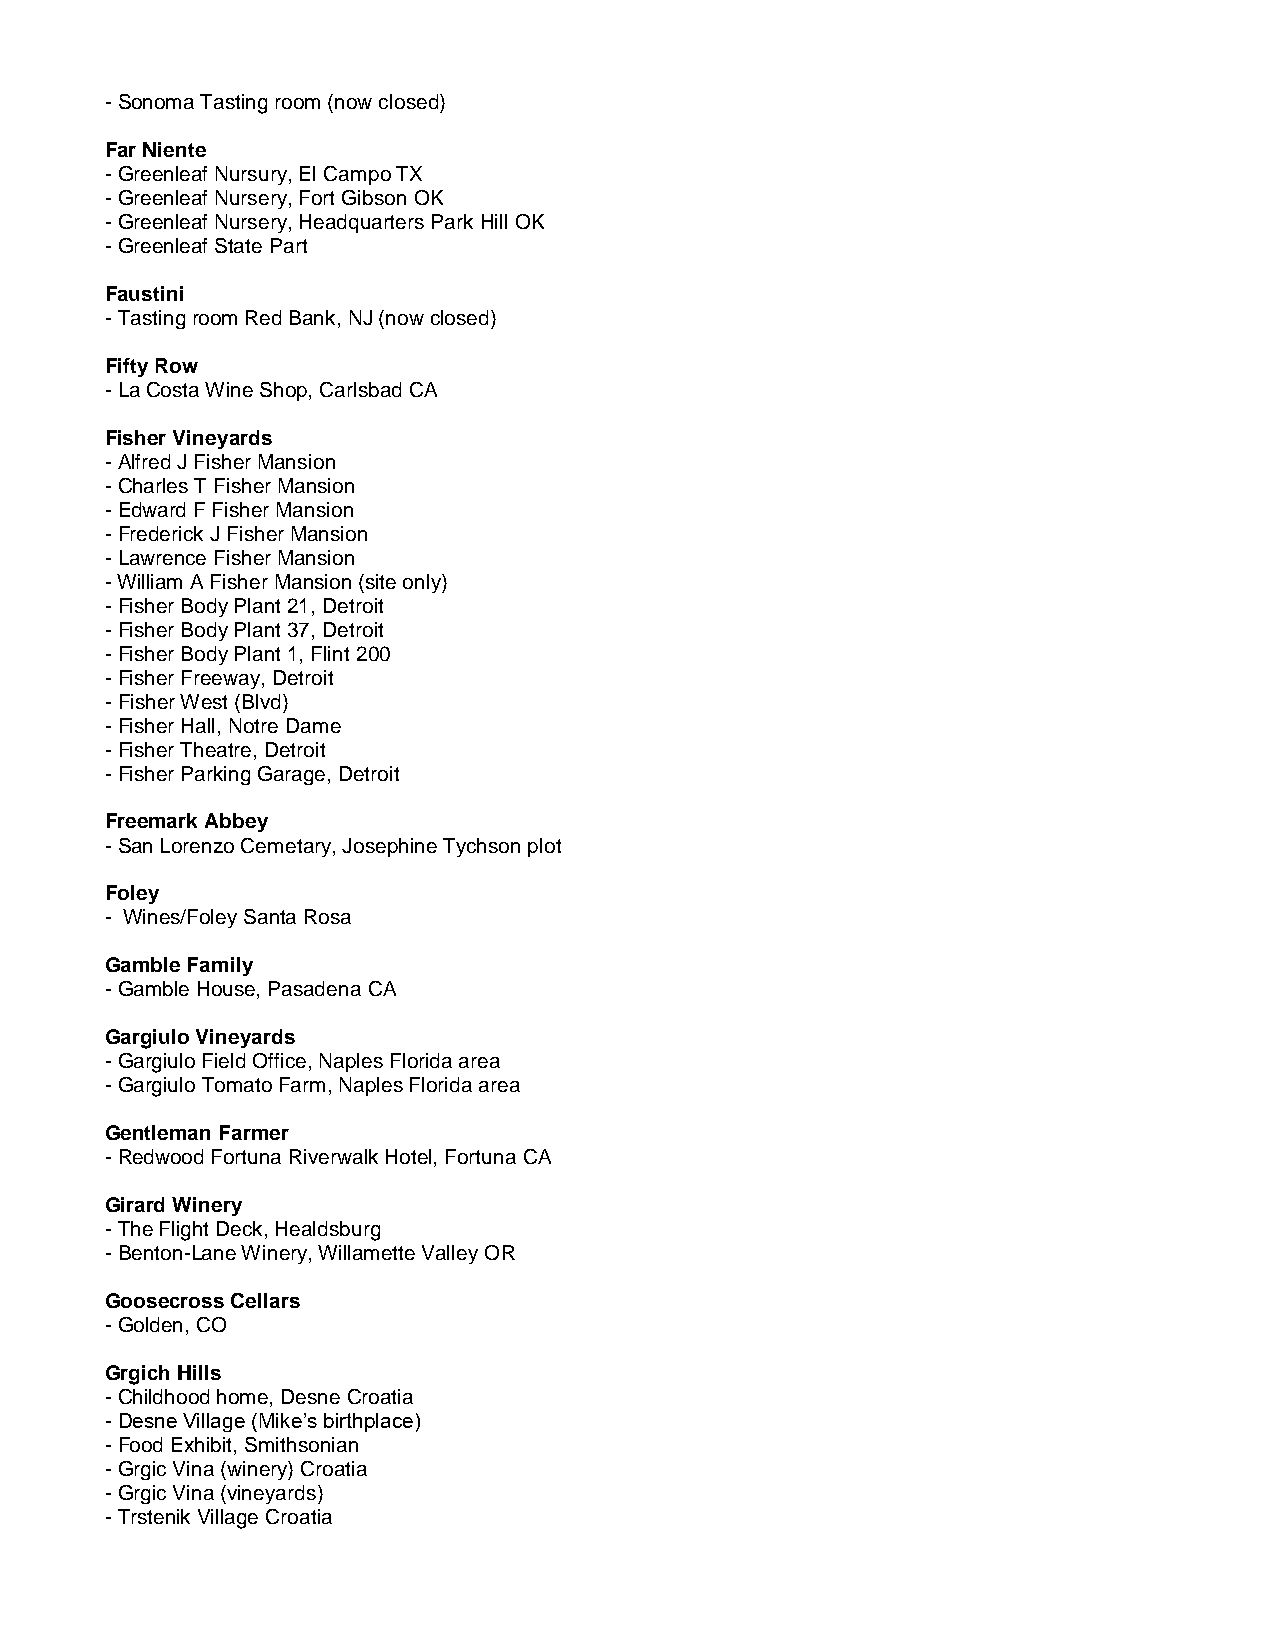
- Sonoma Tasting room (now closed)
 Far Niente
 - Greenleaf Nursury, El Campo TX
 - Greenleaf Nursery, Fort Gibson OK
 - Greenleaf Nursery, Headquarters Park Hill OK
 - Greenleaf State Part
 Faustini
 - Tasting room Red Bank, NJ (now closed)
 Fifty Row
 - La Costa Wine Shop, Carlsbad CA
 Fisher Vineyards
 - Alfred J Fisher Mansion
 - Charles T Fisher Mansion
 - Edward F Fisher Mansion
 - Frederick J Fisher Mansion
 - Lawrence Fisher Mansion
 - William A Fisher Mansion (site only)
 - Fisher Body Plant 21, Detroit
 - Fisher Body Plant 37, Detroit
 - Fisher Body Plant 1, Flint 200
 - Fisher Freeway, Detroit
 - Fisher West (Blvd)
 - Fisher Hall, Notre Dame
 - Fisher Theatre, Detroit
 - Fisher Parking Garage, Detroit
 Freemark Abbey
 - San Lorenzo Cemetary, Josephine Tychson plot
 Foley
 - Wines/Foley Santa Rosa
 Gamble Family
 - Gamble House, Pasadena CA
 Gargiulo Vineyards
 - Gargiulo Field Office, Naples Florida area
 - Gargiulo Tomato Farm, Naples Florida area
 Gentleman Farmer
 - Redwood Fortuna Riverwalk Hotel, Fortuna CA
 Girard Winery
 - The Flight Deck, Healdsburg
 - Benton-Lane Winery, Willamette Valley OR
 Goosecross Cellars
 - Golden, CO
 Grgich Hills
 - Childhood home, Desne Croatia
 - Desne Village (Mike’s birthplace)
 - Food Exhibit, Smithsonian
 - Grgic Vina (winery) Croatia
 - Grgic Vina (vineyards)
 - Trstenik Village Croatia